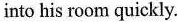
into his room quickly.